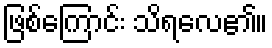
ဖြစ်ကြောင်း သိရလေ၏။